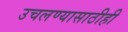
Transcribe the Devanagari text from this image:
उचलण्यासाठीही